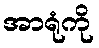
အာရုံကို